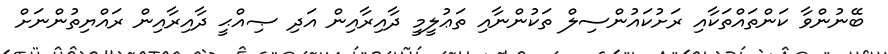
ބޭނުންވާ ކަންތައްތަކާއި ރަށުކައުންސިލް ތަކުންނާއި ތަޢުލީމީ ދާއިރާއިން އަދި ޞިއްޙީ ދާއިރާއިން ރައްޔިތުންނަށް